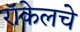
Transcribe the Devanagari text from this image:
रॉकेलचे